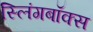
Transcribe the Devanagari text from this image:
स्लिंगबॉक्स